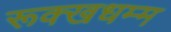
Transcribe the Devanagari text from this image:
रूक्खधम्म